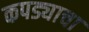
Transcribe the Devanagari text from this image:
कपड्याचा